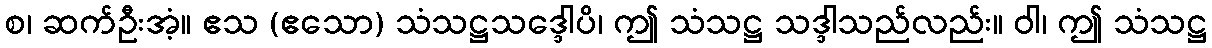
စ၊ ဆက်ဦးအံ့။ ဧသ (ဧသော) သံသဋ္ဌသဒ္ဒေါပိ၊ ဤ သံသဋ္ဌ သဒ္ဒါသည်လည်း။ ဝါ၊ ဤ သံသဋ္ဌ